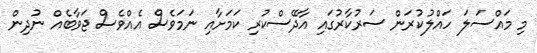
މި މައްސަލަ ހައްލުކުރަން ސަރުކާރުގައި އާދޭސްކުރި ކަމަށާއި ނަމަވެސް އެއްވެސް ޖަވާބެއް ނުދިން